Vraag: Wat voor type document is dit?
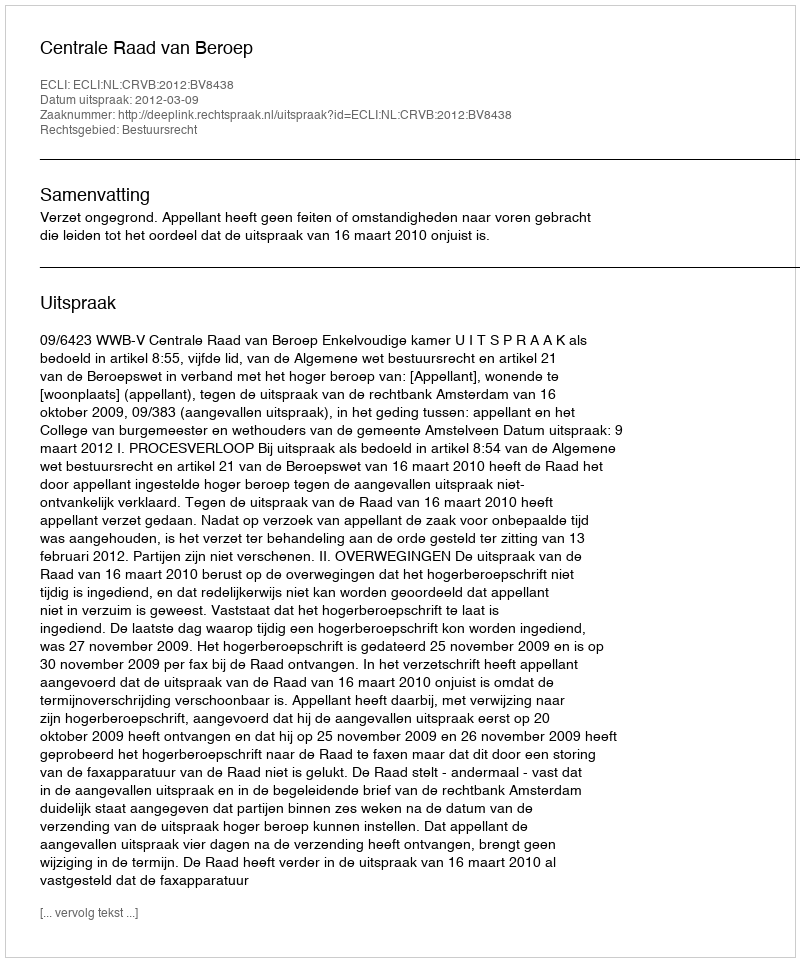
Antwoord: Uitspraak